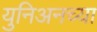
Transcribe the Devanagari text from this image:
युनिअनच्या